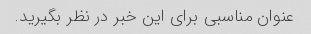
عنوان مناسبی برای این خبر در نظر بگیرید.